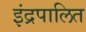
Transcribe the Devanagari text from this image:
इंद्रपालित